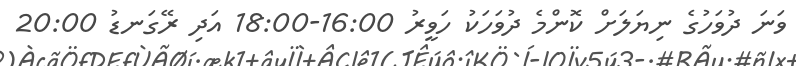
ވަނަ ދުވަހުގެ ނިޔަލަށް ކޮންމެ ދުވަހަކު ހަވީރު 16:00-18:00 އަދި ރޭގަނޑު 20:00